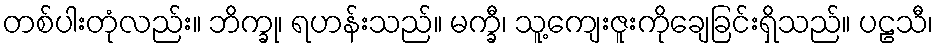
တစ်ပါးတုံလည်း။ ဘိက္ခု၊ ရဟန်းသည်။ မက္ခီ၊ သူ့ကျေးဇူးကိုချေခြင်းရှိသည်။ ပဠသီ၊